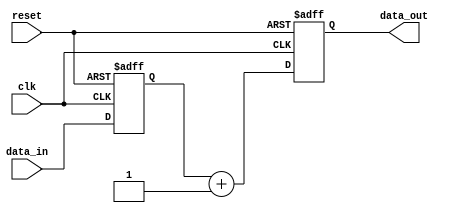
module negative_edge_sensitive_block (
    input wire clk,          // Clock signal
    input wire reset,        // Reset signal
    input wire [3:0] data_in, // Input data
    output reg [3:0] data_out // Output data
);

    // State variable
    reg [3:0] state;

    // Initial condition
    initial begin
        state = 4'b0000; // Initialize state
        data_out = 4'b0000; // Initialize output
    end

    // Negative edge sensitivity block
    always @(negedge clk or posedge reset) begin
        if (reset) begin
            // Reset condition
            state <= 4'b0000; // Reset state
            data_out <= 4'b0000; // Reset output
        end else begin
            // Update state based on input data
            state <= data_in; // Update state with input data
            // Generate output based on the current state
            data_out <= state + 1; // Example output logic
        end
    end

endmodule